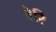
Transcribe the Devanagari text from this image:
डेरि